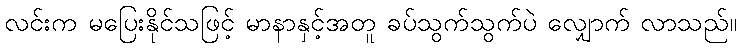
လင်းက မပြေးနိုင်သဖြင့် မာနာနှင့်အတူ ခပ်သွက်သွက်ပဲ လျှောက် လာသည်။